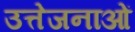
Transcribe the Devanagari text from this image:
उत्तेजनाआें